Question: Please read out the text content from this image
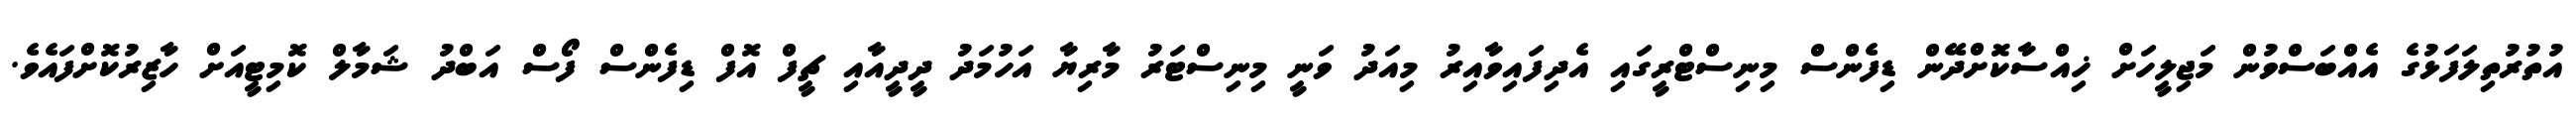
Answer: އުތުރުތިލަފަޅުގެ އެއްބަސްވުން މަޖިލީހަށް ޚިއްސާކޮށްދޭން ޑިފެންސް މިނިސްޓްރީގައި އެދިފައިވާއިރު މިއަދު ވަނީ މިނިސްޓަރު މާރިޔާ އަހުމަދު ދީދީއާއި ޗީފް އޮފް ޑިފެންސް ފޯސް އަބްދު ޝަމާލް ކޮމިޓީއަށް ހާޒިރުކޮށްފައެވެ.